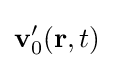
\mathbf {v} '_{0}(\mathbf {r} ,t)